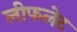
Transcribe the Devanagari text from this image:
लीफलेट